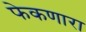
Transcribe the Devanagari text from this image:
फेकणारा